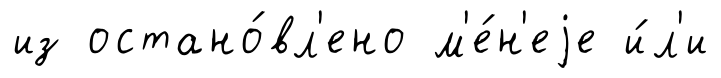
из остано́вл'ено м'е́н'еjе и́л'и